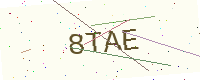
Text: 8TAE